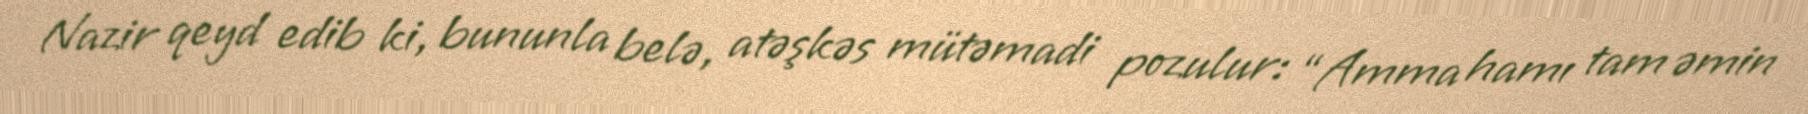
Nazir qeyd edib ki, bununla belə, atəşkəs mütəmadi pozulur: “Amma hamı tam əmin